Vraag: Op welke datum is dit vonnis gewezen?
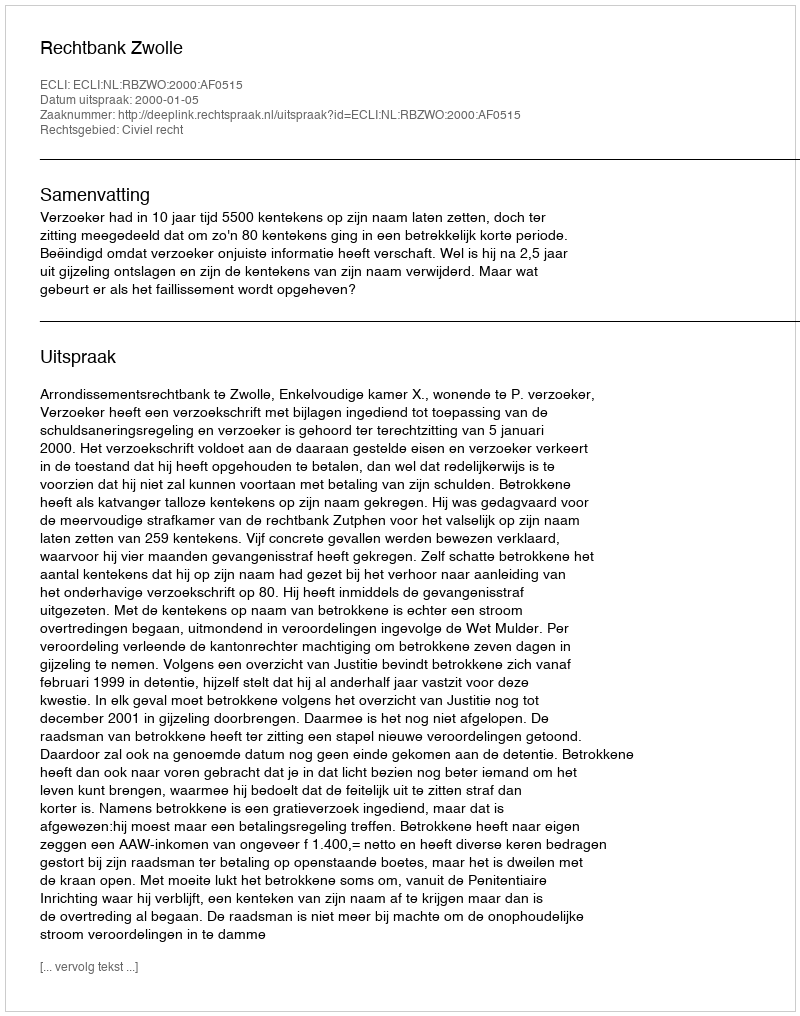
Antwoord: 2000-01-05